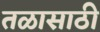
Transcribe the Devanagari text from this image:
तळासाठी